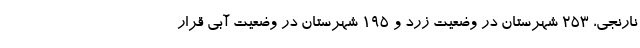
نارنجی، ۲۵۳ شهرستان در وضعیت زرد و ۱۹۵ شهرستان در وضعیت آبی قرار